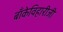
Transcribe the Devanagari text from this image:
बाँकेविहारीजी